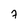
Character: 7